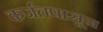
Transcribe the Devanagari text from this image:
कर्जतपासून